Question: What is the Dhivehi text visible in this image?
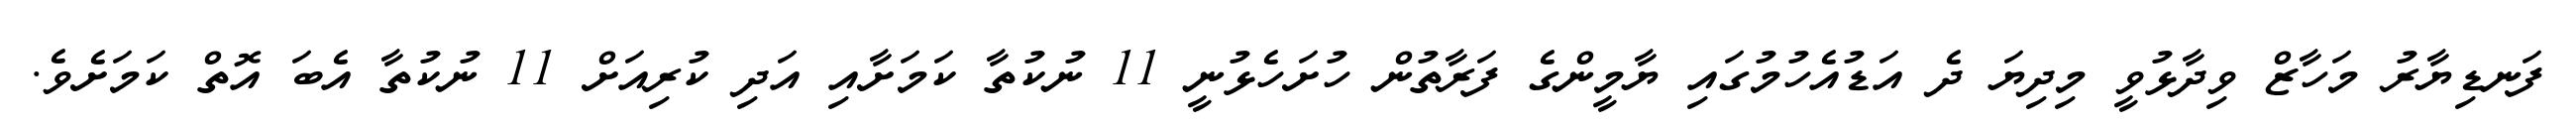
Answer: ފަނޑިޔާރު މަހާޒް ވިދާޅުވީ މިދިޔަ ދެ އަޑުއެހުމުގައި ޔާމީންގެ ފަރާތުން ހުށަހެޅުނީ 11 ނުކުތާ ކަމަށާއި އަދި ކުރިއަށް 11 ނުކުތާ އެބަ އޮތް ކަމަށެވެ.